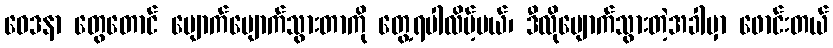
ဝေဒနာ တွေတောင် ပျောက်ပျောက်သွားတာကို တွေ့ရပါလိမ့်မယ်၊ ဒီလိုပျောက်သွားတဲ့အခါမှာ ဖောင်းတယ်